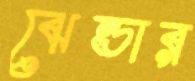
ঝেন্ডার